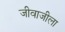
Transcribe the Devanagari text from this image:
जीवाजीला